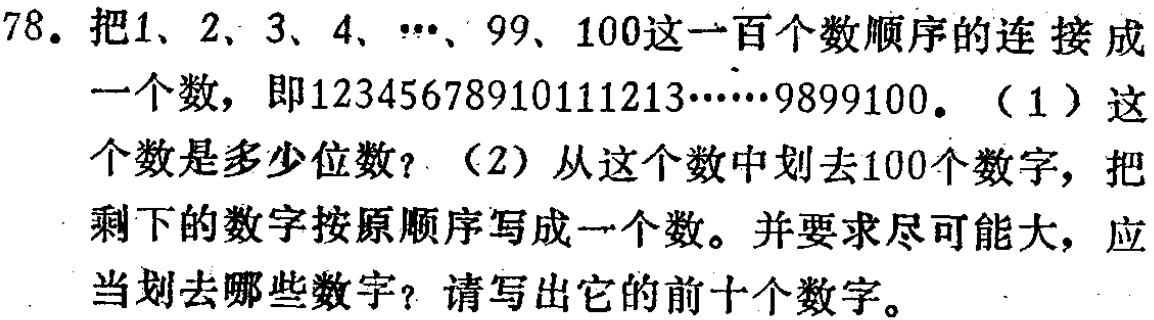
78. 把1、2、3、4、…、99、100这一百个数顺序的连接成一个数，即12345678910111213……9899100。（1）这个数是多少位数？（2）从这个数中划去100个数字，把剩下的数字按原顺序写成一个数。并要求尽可能大，应当划去哪些数字？请写出它的前十个数字。